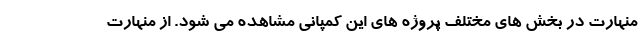
منهارت در بخش های مختلف پروژه های این کمپانی مشاهده می شود. از منهارت